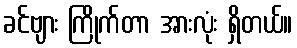
ခင်ဗျား ကြိုက်တာ အားလုံး ရှိတယ်။